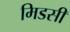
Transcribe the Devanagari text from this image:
मिडसी